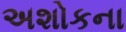
અશોકના